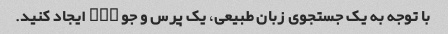
با توجه به یک جستجوی زبان طبیعی، یک پرس و جو SQL ایجاد کنید.